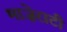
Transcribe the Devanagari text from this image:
माज़ेराटी